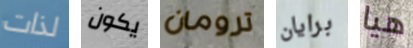
لذات يكون ترومان برايان هيا